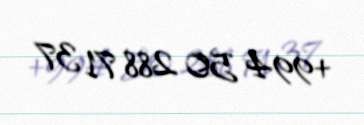
+994 50 288 71 37